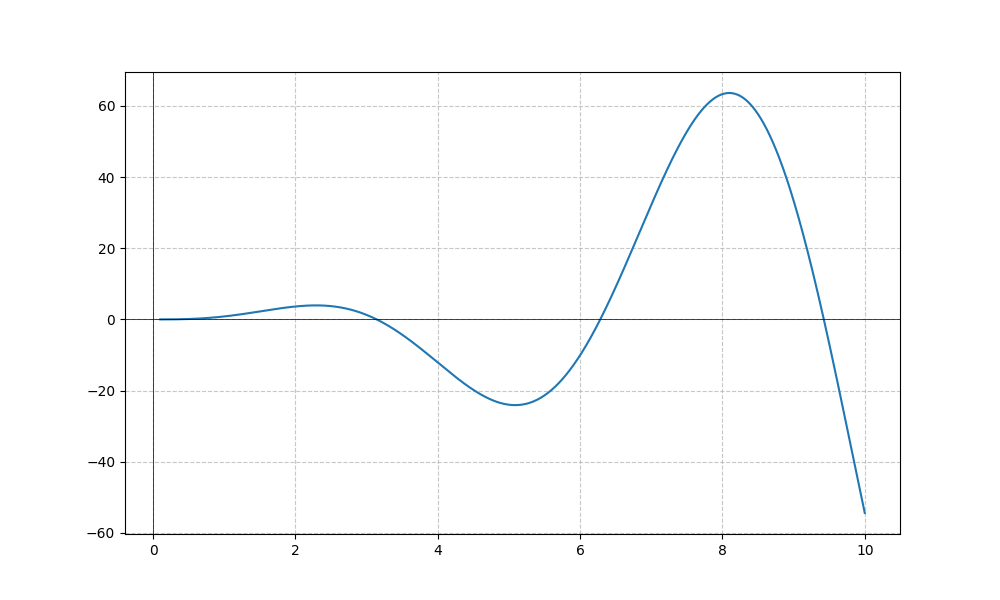
LaTeX formula: x^{2} \sin{\left(x \right)}